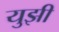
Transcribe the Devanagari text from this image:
युझी